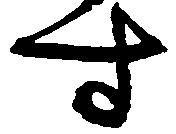
す